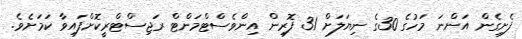
ފެށިގެން އަންނަ މަހުގެ 30ގެ ނިޔަލަށް 31 ފޮރިން އިންވެސްޓްމަންޓް ރަޖިސްޓްރީކޮށްފައިވާ ކަމަށެވެ.